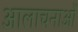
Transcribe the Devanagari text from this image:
आलाचनाओं